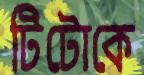
টিটোকে